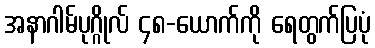
အနာဂါမ်ပုဂ္ဂိုလ် ၄၈-ယောက်ကို ရေတွက်ပြပုံ